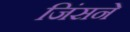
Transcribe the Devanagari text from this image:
जिंसने